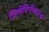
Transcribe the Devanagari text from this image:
जिलेटिनीकारक